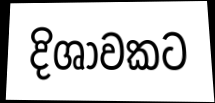
දිශාවකට